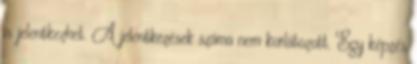
is jelentkezhet. A jelentkezések száma nem korlátozott. Egy képzés